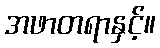
အဖာတရာနှင့်။